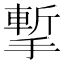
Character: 㨻